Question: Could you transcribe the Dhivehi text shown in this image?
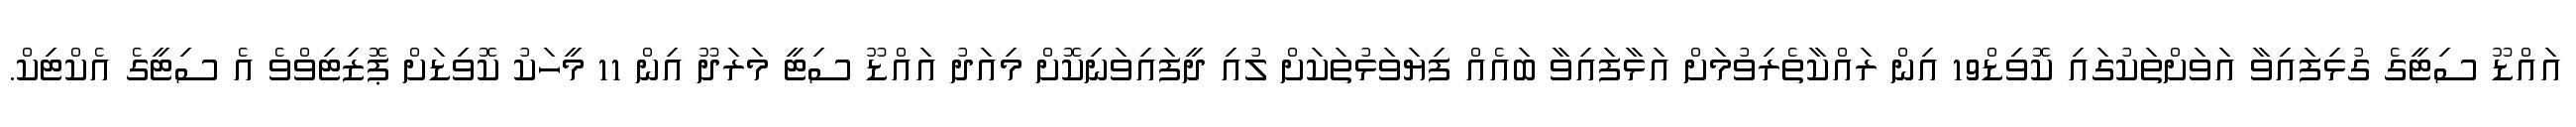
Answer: އައްޑޫ ސިޓީގެ ގުޅިފައިވާ އަވަށްތަކުގައި ކޮވިޑް19 އިން ރައްކާތެރިވުމަށް އަޅާފައިވާ ބައެއް ފިޔަވަޅުތަކަށް ލުއި ދީފައިވަނިކޮށް މިއަދު އައްޑޫ ސިޓީ މަރަދޫ އިން 11 މީހަކު ކޮވިޑަށް ޕޮޒިޓިވްވެ އެ ސިޓީގެ އެކްޓިކް.